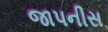
જાપનીસ